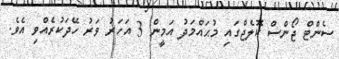
ސެންޓް ޖޯންސް ކޮލެޖްގައި މުޙައްމަދު އަމީން 3 އަހަރު ވަރު ހޭދަކުރެއްވި އެވެ.